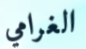
الغرامي